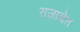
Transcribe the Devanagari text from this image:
राजाचेत